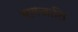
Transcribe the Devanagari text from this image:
भागजाति